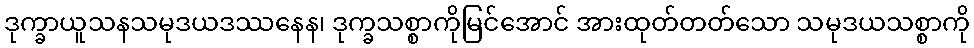
ဒုက္ခာယူသနသမုဒယဒဿနေန၊ ဒုက္ခသစ္စာကိုမြင်အောင် အားထုတ်တတ်သော သမုဒယသစ္စာကို